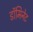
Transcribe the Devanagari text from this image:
डॉमिनेट